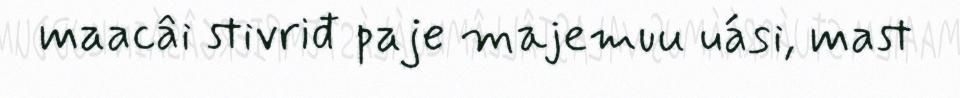
maacâi stivriđ paje majemuu uási, mast